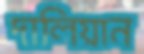
দালিয়ান